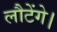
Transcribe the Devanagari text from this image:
लौटेंगे।